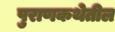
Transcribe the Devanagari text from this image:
पुराणकथेतील